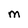
Character: M